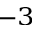
^ { - 3 }